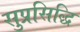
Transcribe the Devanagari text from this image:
सुप्रसिद्धि